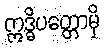
ဣဒ္ဓိပတ္တောမှိ